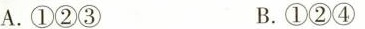
A.①②③ B.①②④